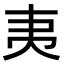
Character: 𭑅